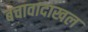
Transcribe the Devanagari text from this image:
बचावादाखल